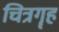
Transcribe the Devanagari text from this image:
चित्रगॄह